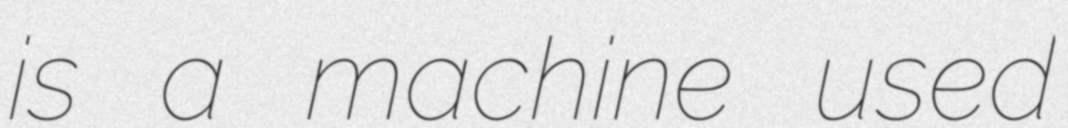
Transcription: is a machine used